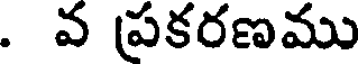
. వ ప్రకరణము